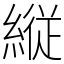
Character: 縦